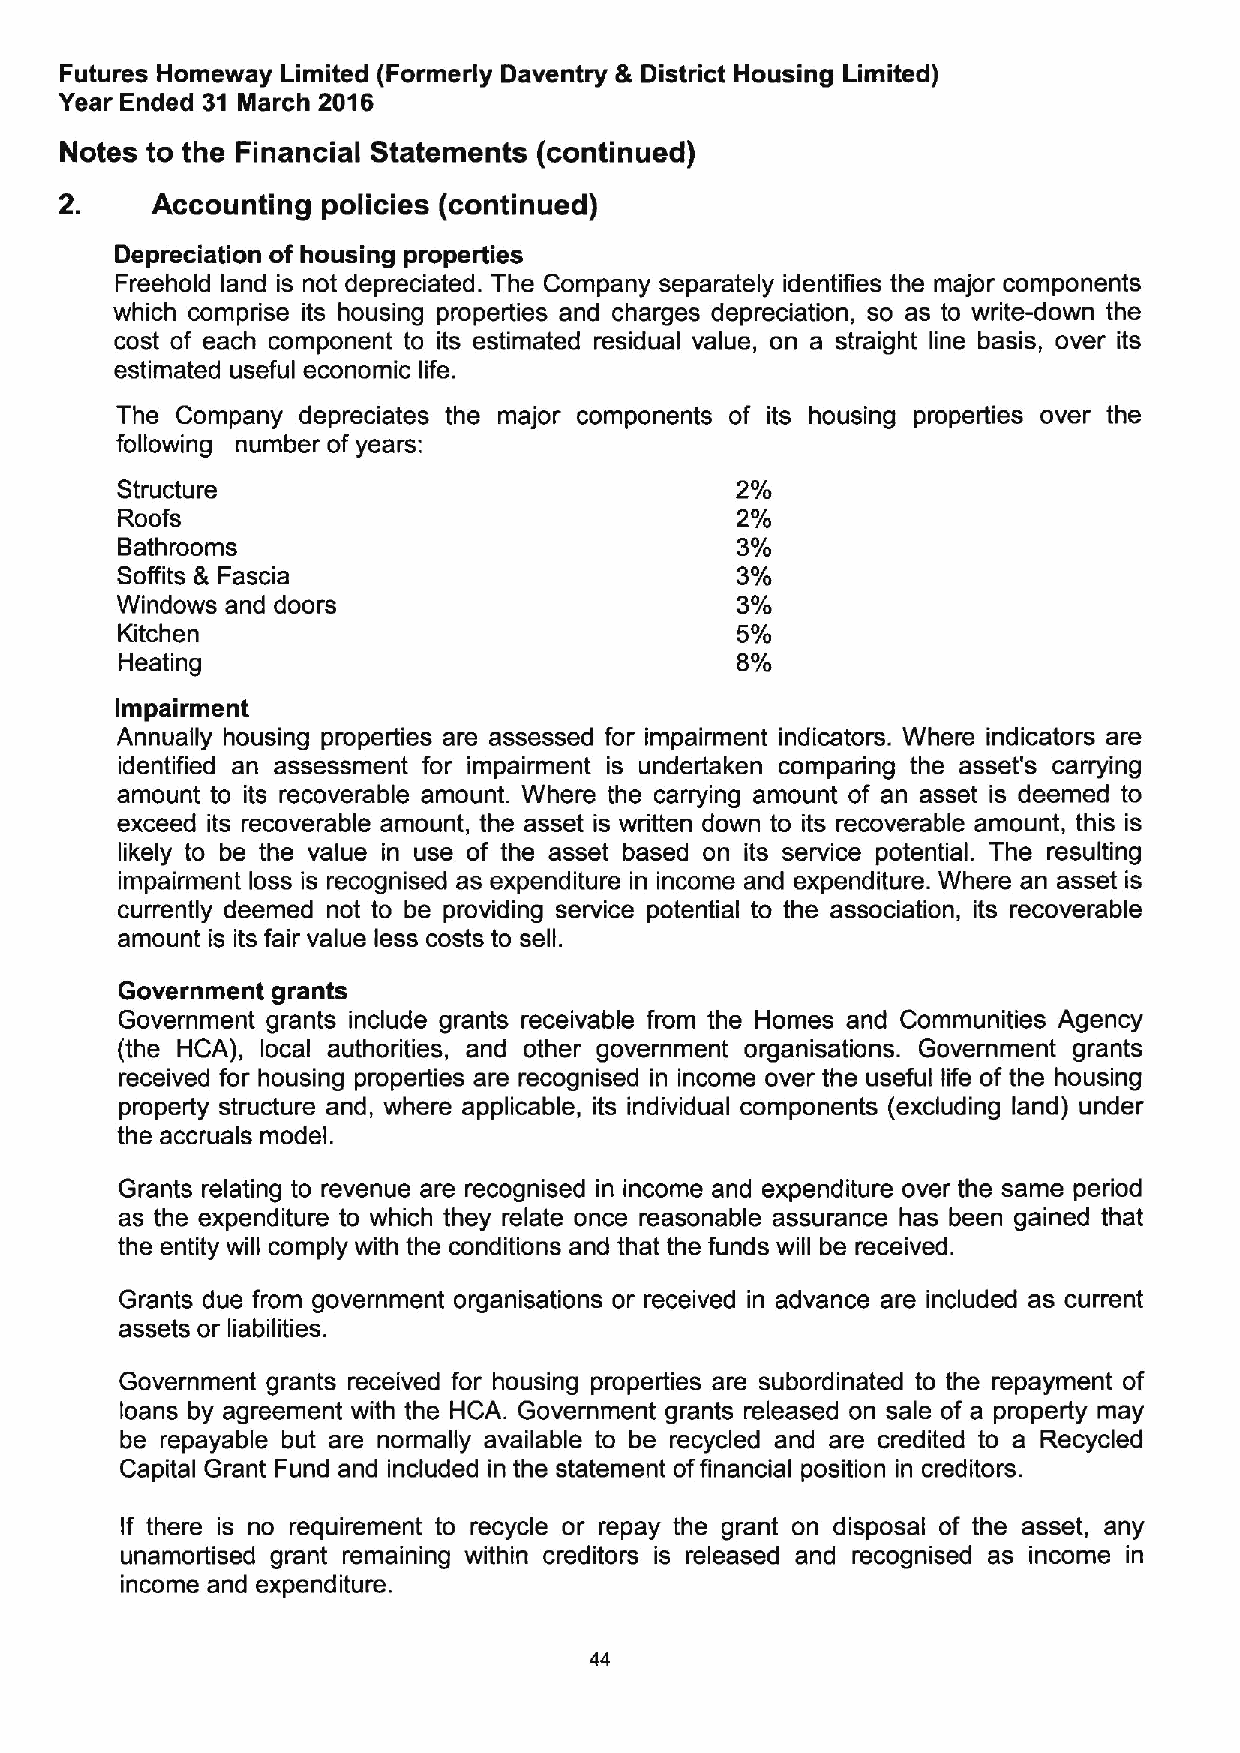
Futures Homeway Limited (Formerly Daventry &District Housing Limited)
 Year Ended 31 March 2016
 Notes to the Financial Statements (continued)
 2.    Accounting policies (continued)
 Depreciation of housing properties
 Freehold land is not depreciated. The Company separately identifies the major components
 which comprise its housing properties and charges depreciation, so as to write-down the
 cost of each component to its estimated residual value, on a straight line basis, over its
 estimated useful economic life.
 The Company depreciates the major components of its housing properties over the
 following number of years:
 Structure                                2%
 Roofs                                    2%
 Bathrooms                                3%
 Soffits 8 Fascia                         3%
 Windows and doors                        3%
 Kitchen                                  5%
 Heating                                  8%
 Impairment
 Annually housing properties are assessed for impairment indicators. Where indicators are
 identified an assessment for impairment is undertaken comparing the asset's carrying
 amount to its recoverable amount. Where the carrying amount of an asset is deemed to
 exceed its recoverable amount, the asset is written down to its recoverable amount, this is
 likely to be the value in use of the asset based on its service potential. The resulting
 impairment loss is recognised as expenditure in income and expenditure. Where an asset is
 currently deemed not to be providing service potential to the association, its recoverable
 amount is its fair value less costs to sell.
 Government grants
 Government grants include grants receivable from the Homes and Communities Agency
 (the HCA), local authorities, and other government organisations. Government grants
 received for housing properties are recognised in income over the useful life of the housing
 property structure and, where applicable, its individual components (excluding land) under
 the accruals model.
 Grants relating to revenue are recognised in income and expenditure over the same period
 as the expenditure to which they relate once reasonable assurance has been gained that
 the entity will comply with the conditions and that the funds will be received.
 Grants due from government organisations or received in advance are included as current
 assets or liabilities.
 Government grants received for housing properties are subordinated to the repayment of
 loans by agreement with the HCA. Government grants released on sale of a property may
 be repayable but are normally available to be recycled and are credited to a Recycled
 Capital Grant Fund and included in the statement offinancial position in creditors.
 If there is no requirement to recycle or repay the grant on disposal of the asset, any
 unamortised grant remaining within creditors is released and recognised as income in
 income and expenditure.
 44